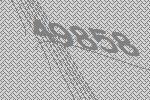
49858